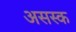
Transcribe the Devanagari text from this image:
असस्क